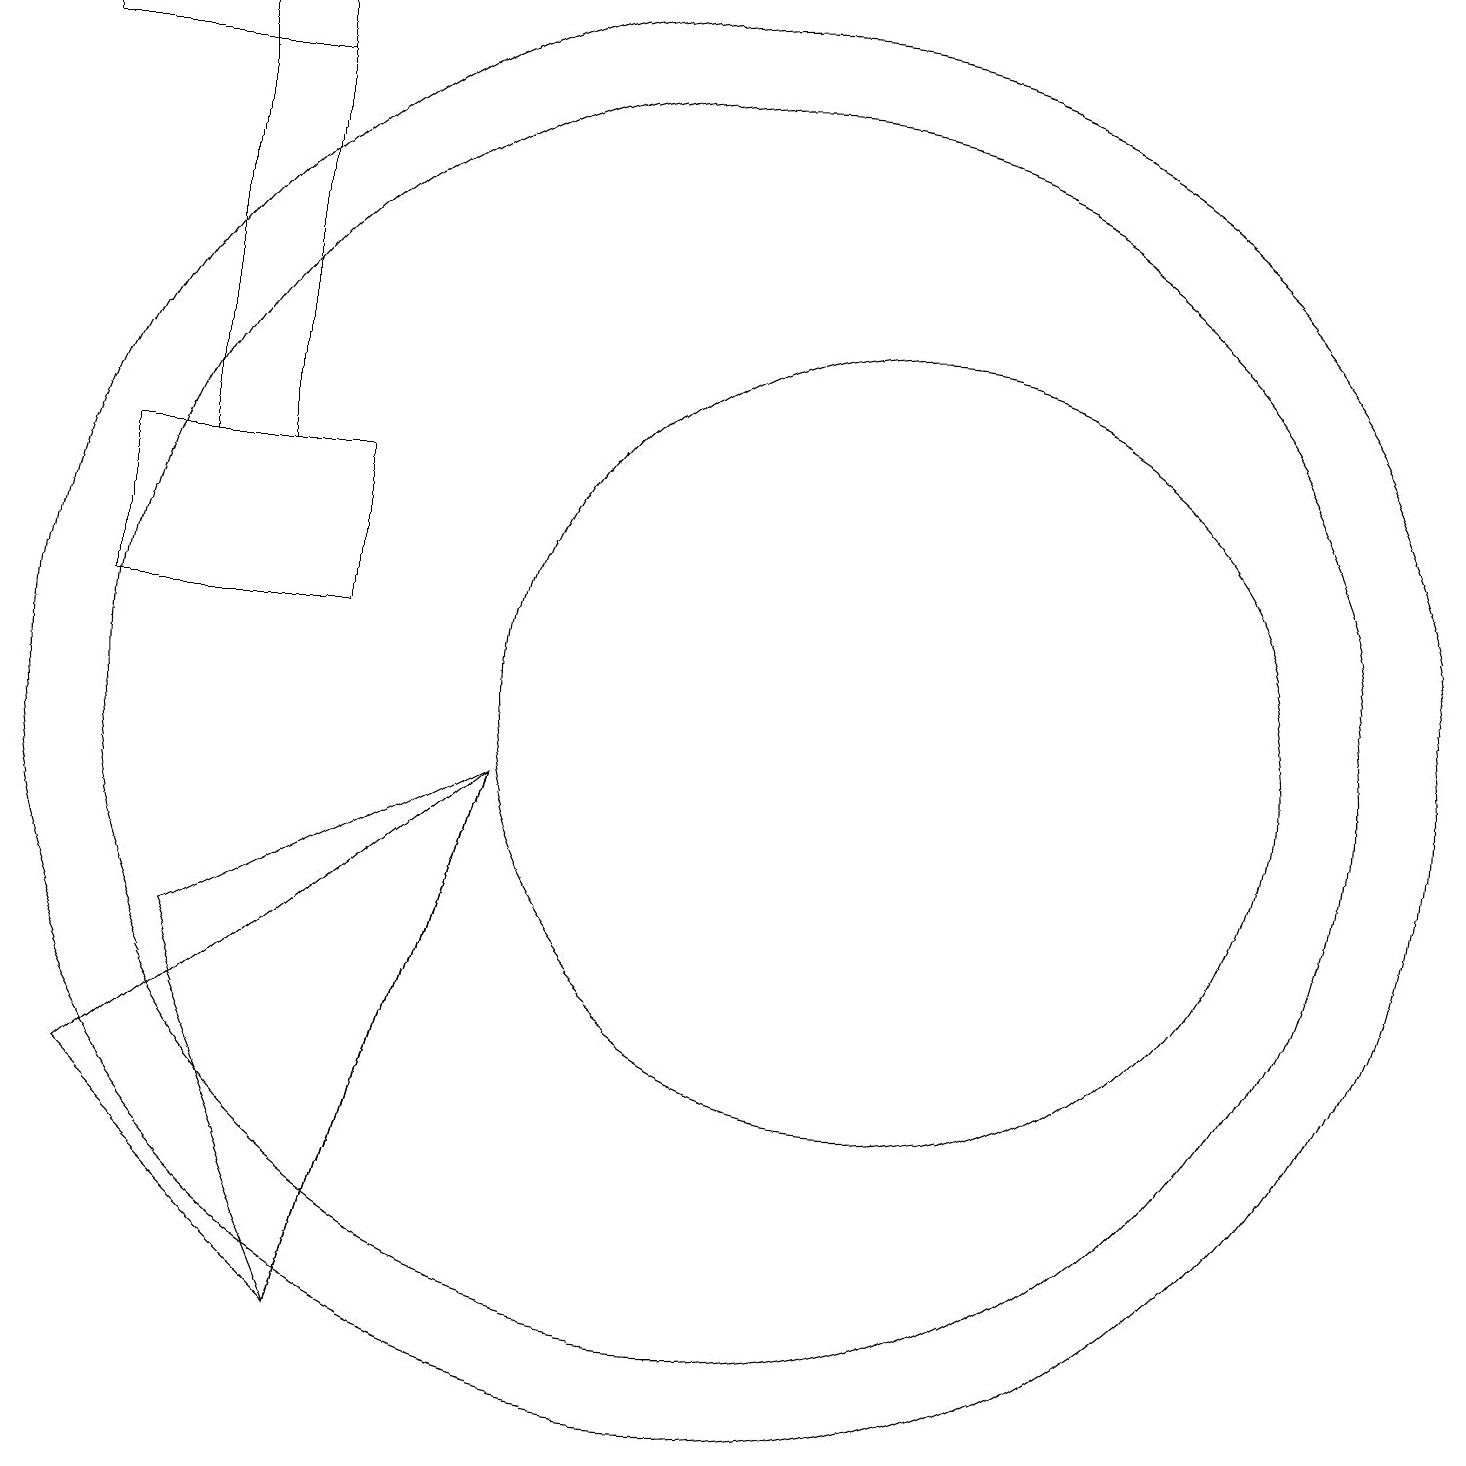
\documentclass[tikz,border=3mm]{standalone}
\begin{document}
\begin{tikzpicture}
\draw (12,10) circle (5);
\draw (4,13) rectangle (3,19);
\draw (1,19) rectangle (4,18);
\draw (10,10) circle (9);
\draw (2,5) -- (5,2) -- (7,9) -- cycle;
\draw (3,7) -- (5,2) -- (7,9) -- cycle;
\draw (10,10) circle (8);
\draw (2,13) rectangle (5,11);
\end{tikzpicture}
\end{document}